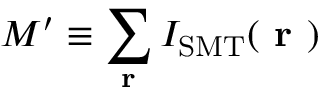
M ^ { \prime } \equiv \sum _ { \textbf { r } } I _ { \mathrm { S M T } } ( \textbf { r } )